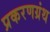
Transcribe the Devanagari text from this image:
प्रकरणग्रंथ